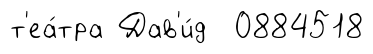
т'еа́тра Дав'и́д 0884518